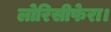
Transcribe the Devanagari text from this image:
लोरिसीफेरा।